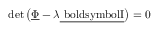
\mathrm { d e t } \left( \underline { { \boldsymbol { \Phi } } } - \lambda \mathrm { \underline { { \ b o l d s y m b o l { I } } } } \right) = 0